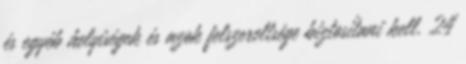
és egyéb helyiségek és azok felszereltsége biztosítani kell. 24